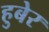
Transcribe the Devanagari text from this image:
हुबेर